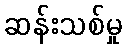
ဆန်းသစ်မှု